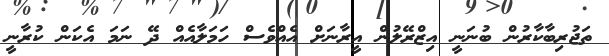
ތަޖުރިބާކާރުން ބުނަނީ އިޒްރޭލުން އީރާނަށް އެއްވެސް ހަމަލާއެއް ދޭ ނަމަ އެކަން ކުރާނީ